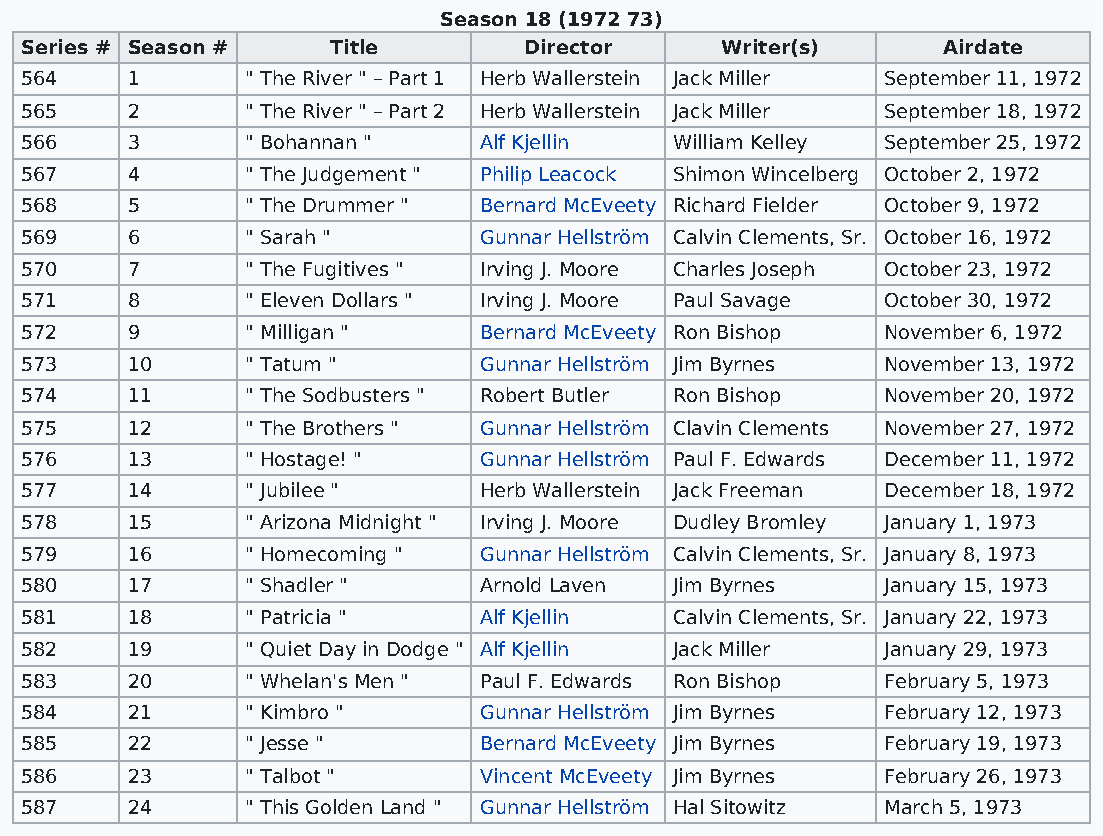
Season 18 (1972 73)
 Series # Season #    Title        Director     Writer(s)     Airdate
 564    1       " The River " – Part 1 Herb Wallerstein Jack Miller September 11, 1972
 565    2       " The River " – Part 2 Herb Wallerstein Jack Miller September 18, 1972
 566    3       " Bohannan "    Alf Kjellin  William Kelley September 25, 1972
 567    4       " The Judgement " Philip Leacock Shimon Wincelberg October 2, 1972
 568    5       " The Drummer " Bernard McEveety Richard Fielder October 9, 1972
 569    6       " Sarah "       Gunnar Hellström Calvin Clements, Sr. October 16, 1972
 570    7       " The Fugitives " Irving J. Moore Charles Joseph October 23, 1972
 571    8       " Eleven Dollars " Irving J. Moore Paul Savage October 30, 1972
 572    9       " Milligan "    Bernard McEveety Ron Bishop November 6, 1972
 573    10      " Tatum "       Gunnar Hellström Jim Byrnes November 13, 1972
 574    11      " The Sodbusters " Robert Butler Ron Bishop November 20, 1972
 575    12      " The Brothers " Gunnar Hellström Clavin Clements November 27, 1972
 576    13      " Hostage! "    Gunnar Hellström Paul F. Edwards December 11, 1972
 577    14      " Jubilee "     Herb Wallerstein Jack Freeman December 18, 1972
 578    15      " Arizona Midnight " Irving J. Moore Dudley Bromley January 1, 1973
 579    16      " Homecoming "  Gunnar Hellström Calvin Clements, Sr. January 8, 1973
 580    17      " Shadler "     Arnold Laven Jim Byrnes   January 15, 1973
 581    18      " Patricia "    Alf Kjellin  Calvin Clements, Sr. January 22, 1973
 582    19      " Quiet Day in Dodge " Alf Kjellin Jack Miller January 29, 1973
 583    20      " Whelan's Men " Paul F. Edwards Ron Bishop February 5, 1973
 584    21      " Kimbro "      Gunnar Hellström Jim Byrnes February 12, 1973
 585    22      " Jesse "       Bernard McEveety Jim Byrnes February 19, 1973
 586    23      " Talbot "      Vincent McEveety Jim Byrnes February 26, 1973
 587    24      " This Golden Land " Gunnar Hellström Hal Sitowitz March 5, 1973